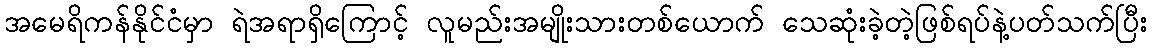
အမေရိကန်နိုင်ငံမှာ ရဲအရာရှိကြောင့် လူမည်းအမျိုးသားတစ်ယောက် သေဆုံးခဲ့တဲ့ဖြစ်ရပ်နဲ့ပတ်သက်ပြီး